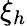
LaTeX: \xi_{h}